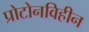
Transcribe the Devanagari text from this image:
प्रोटोनविहीन